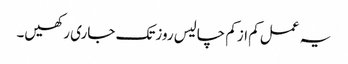
یہ عمل کم ازکم چالیس روزتک جاری رکھیں۔